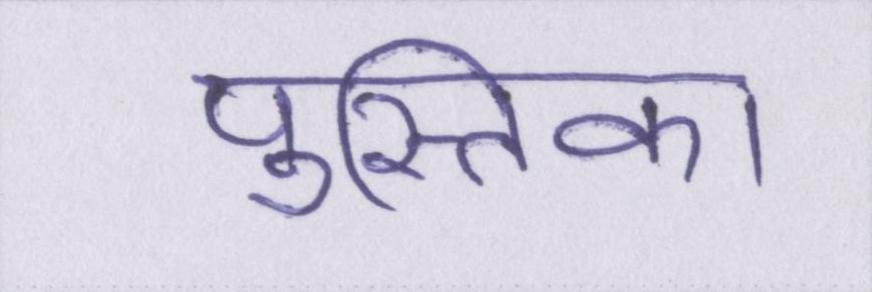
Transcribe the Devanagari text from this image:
पुस्तिका